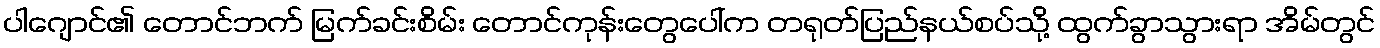
ပါဂျောင်၏ တောင်ဘက် မြက်ခင်းစိမ်း တောင်ကုန်းတွေပေါ်က တရုတ်ပြည်နယ်စပ်သို့ ထွက်ခွာသွားရာ အိမ်တွင်